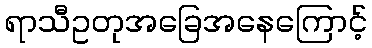
ရာသီဥတုအခြေအနေကြောင့်